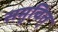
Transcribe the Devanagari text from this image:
समुचित्